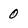
Character: 0